Vaccination Hyderabad 1890-1903 - 1890-1903
Year: 1890
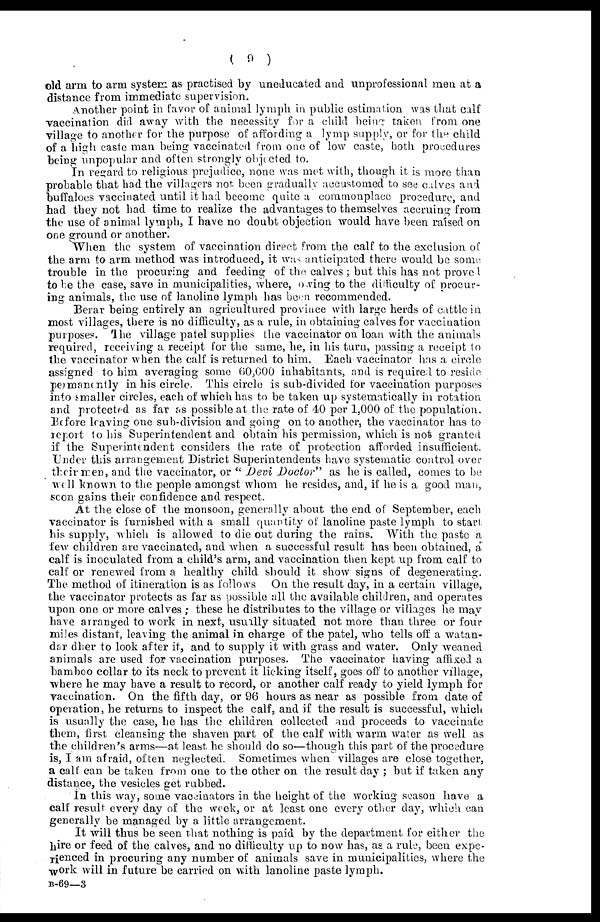
( 9 )
old arm to arm system as practised by uneducated and unprofessional men at a
distance from immediate supervision.
Another point in favor of animal lymph in public estimation was that calf
vaccination did away with the necessity for a child being taken from one
village to another for the purpose of affording a lymp supply, or for the child
of a high caste man being vaccinated from one of low caste, both procedures
being unpopular and often strongly objected to.
In regard to religious prejudice, none was met with, though it is more than
probable that had the villagers not been gradually accustomed to see calves and
buffaloes vaccinated until it had become quite a commonplace procedure, and
had they not had time to realize the advantages to themselves accruing from
the use of animal lymph, I have no doubt objection would have been raised on
one ground or another.
When the system of vaccination direct from the calf to the exclusion of
the arm to arm method was introduced, it was anticipated there would be some
trouble in the procuring and feeding of the calves ; but this has not proved
to be the case, save in municipalities, where, owing to the difficulty of procur-
ing animals, the use of lanoline lymph has been recommended.
Berar being entirely an agricultured province with large herds of cattle in
most villages, there is no difficulty, as a rule, in obtaining calves for vaccination
purposes. The village patel supplies the vaccinator on loan with the animals
required, receiving a receipt for the same, he, in his turn, passing a receipt to
the vaccinator when the calf is returned to him. Each vaccinator has a circle
assigned to him averaging some 60,000 inhabitants, and is required to reside
permanently in his circle. This circle is sub-divided for vaccination purposes
into smaller circles, each of which has to be taken up systematically in rotation
and protected as far as possible at the rate of 40 per 1,000 of the population.
Before leaving one sub-division and going on to another, the vaccinator has to
report to his Superintendent and obtain his permission, which is not granted
if the Superintendent considers the rate of protection afforded insufficient.
Under this arrangement District Superintendents have systematic control over
their men, and the vaccinator, or " Devi Doctor" as he is called, comes to be
well known to the people amongst whom he resides, and, if he is a good man,
soon gains their confidence and respect.
At the close of the monsoon, generally about the end of September, each
vaccinator is furnished with a small quantity of lanoline paste lymph to start.
his supply, which is allowed to die out during the rains. With the paste a
few children are vaccinated, and when a successful result has been obtained, a
calf is inoculated from a child's arm, and vaccination then kept up from calf to
calf or renewed from a healthy child should it show signs of degenerating.
The method of itineration is as follows On the result day, in a certain village,
the vaccinator protects as far as possible all the available children, and operates
upon one or more calves; these he distributes to the village or villages he may
have arranged to work in next, usually situated not more than three or four
miles distant, leaving the animal in charge of the patel, who tells off a watan¬
dar dher to look after it, and to supply it with grass and water. Only weaned
animals are used for vaccination purposes. The vaccinator having affixed a
bamboo collar to its neck to prevent it licking itself, goes off to another village,
where he may have a result to record, or another calf ready to yield lymph for
vaccination. On the fifth day, or 96 hours as near as possible from date of
operation, he returns to inspect the calf, and if the result is successful, which
is usually the case, he has the children collected and proceeds to vaccinate
them, first cleansing the shaven part of the calf with warm water as well as
the children's arms—at least he should do so—though this part of the procedure
is, I am afraid, often neglected. Sometimes when villages are close together,
a calf can be taken from one to the other on the result day ; but if taken any
distance, the vesicles get rubbed.
In this way, some vaccinators in the height of the working season have a
calf result every day of the week, or at least one every other day, which can
generally be managed by a little arrangement.
It will thus be seen that nothing is paid by the department for either the
hire or feed of the calves, and no difficulty up to now has, as a rule, been expe-
rienced in procuring any number of animals save in municipalities, where the
work will in future be carried on with lanoline paste lymph.
B-69—3